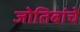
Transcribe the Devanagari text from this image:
जोतिबांचे